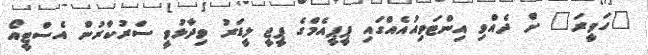
"ހަވީރަ" ށް ދެއްވި އިންޓަވިއުއެއްގައި ޕީޕީއެމްގެ ޕީޖީ ލީޑަރު ވިދާޅުވީ ސަރުކާރުން އެސްޓީއޯ